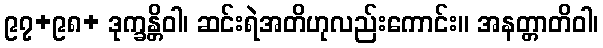
၉၇+၉၈+ ဒုက္ခန္တိဝါ၊ ဆင်းရဲအတိဟုလည်းကောင်း။ အနတ္တာတိဝါ၊